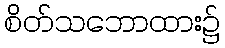
စိတ်သဘောထား၌